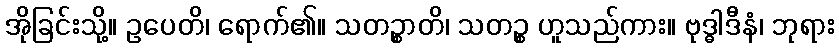
အိုခြင်းသို့။ ဥပေတိ၊ ရောက်၏။ သတဉ္စာတိ၊ သတဉ္စ ဟူသည်ကား။ ဗုဒ္ဓါဒီနံ၊ ဘုရား